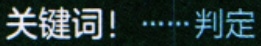
关键词！……判定